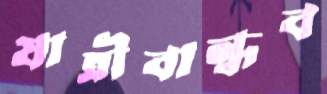
যাত্রীবান্ধব